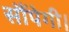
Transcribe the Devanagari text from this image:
सौंपेगी।